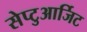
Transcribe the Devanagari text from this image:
सेप्टुआर्जिट